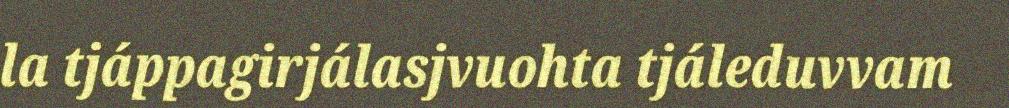
la tjáppagirjálasjvuohta tjáleduvvam